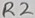
Text: R2